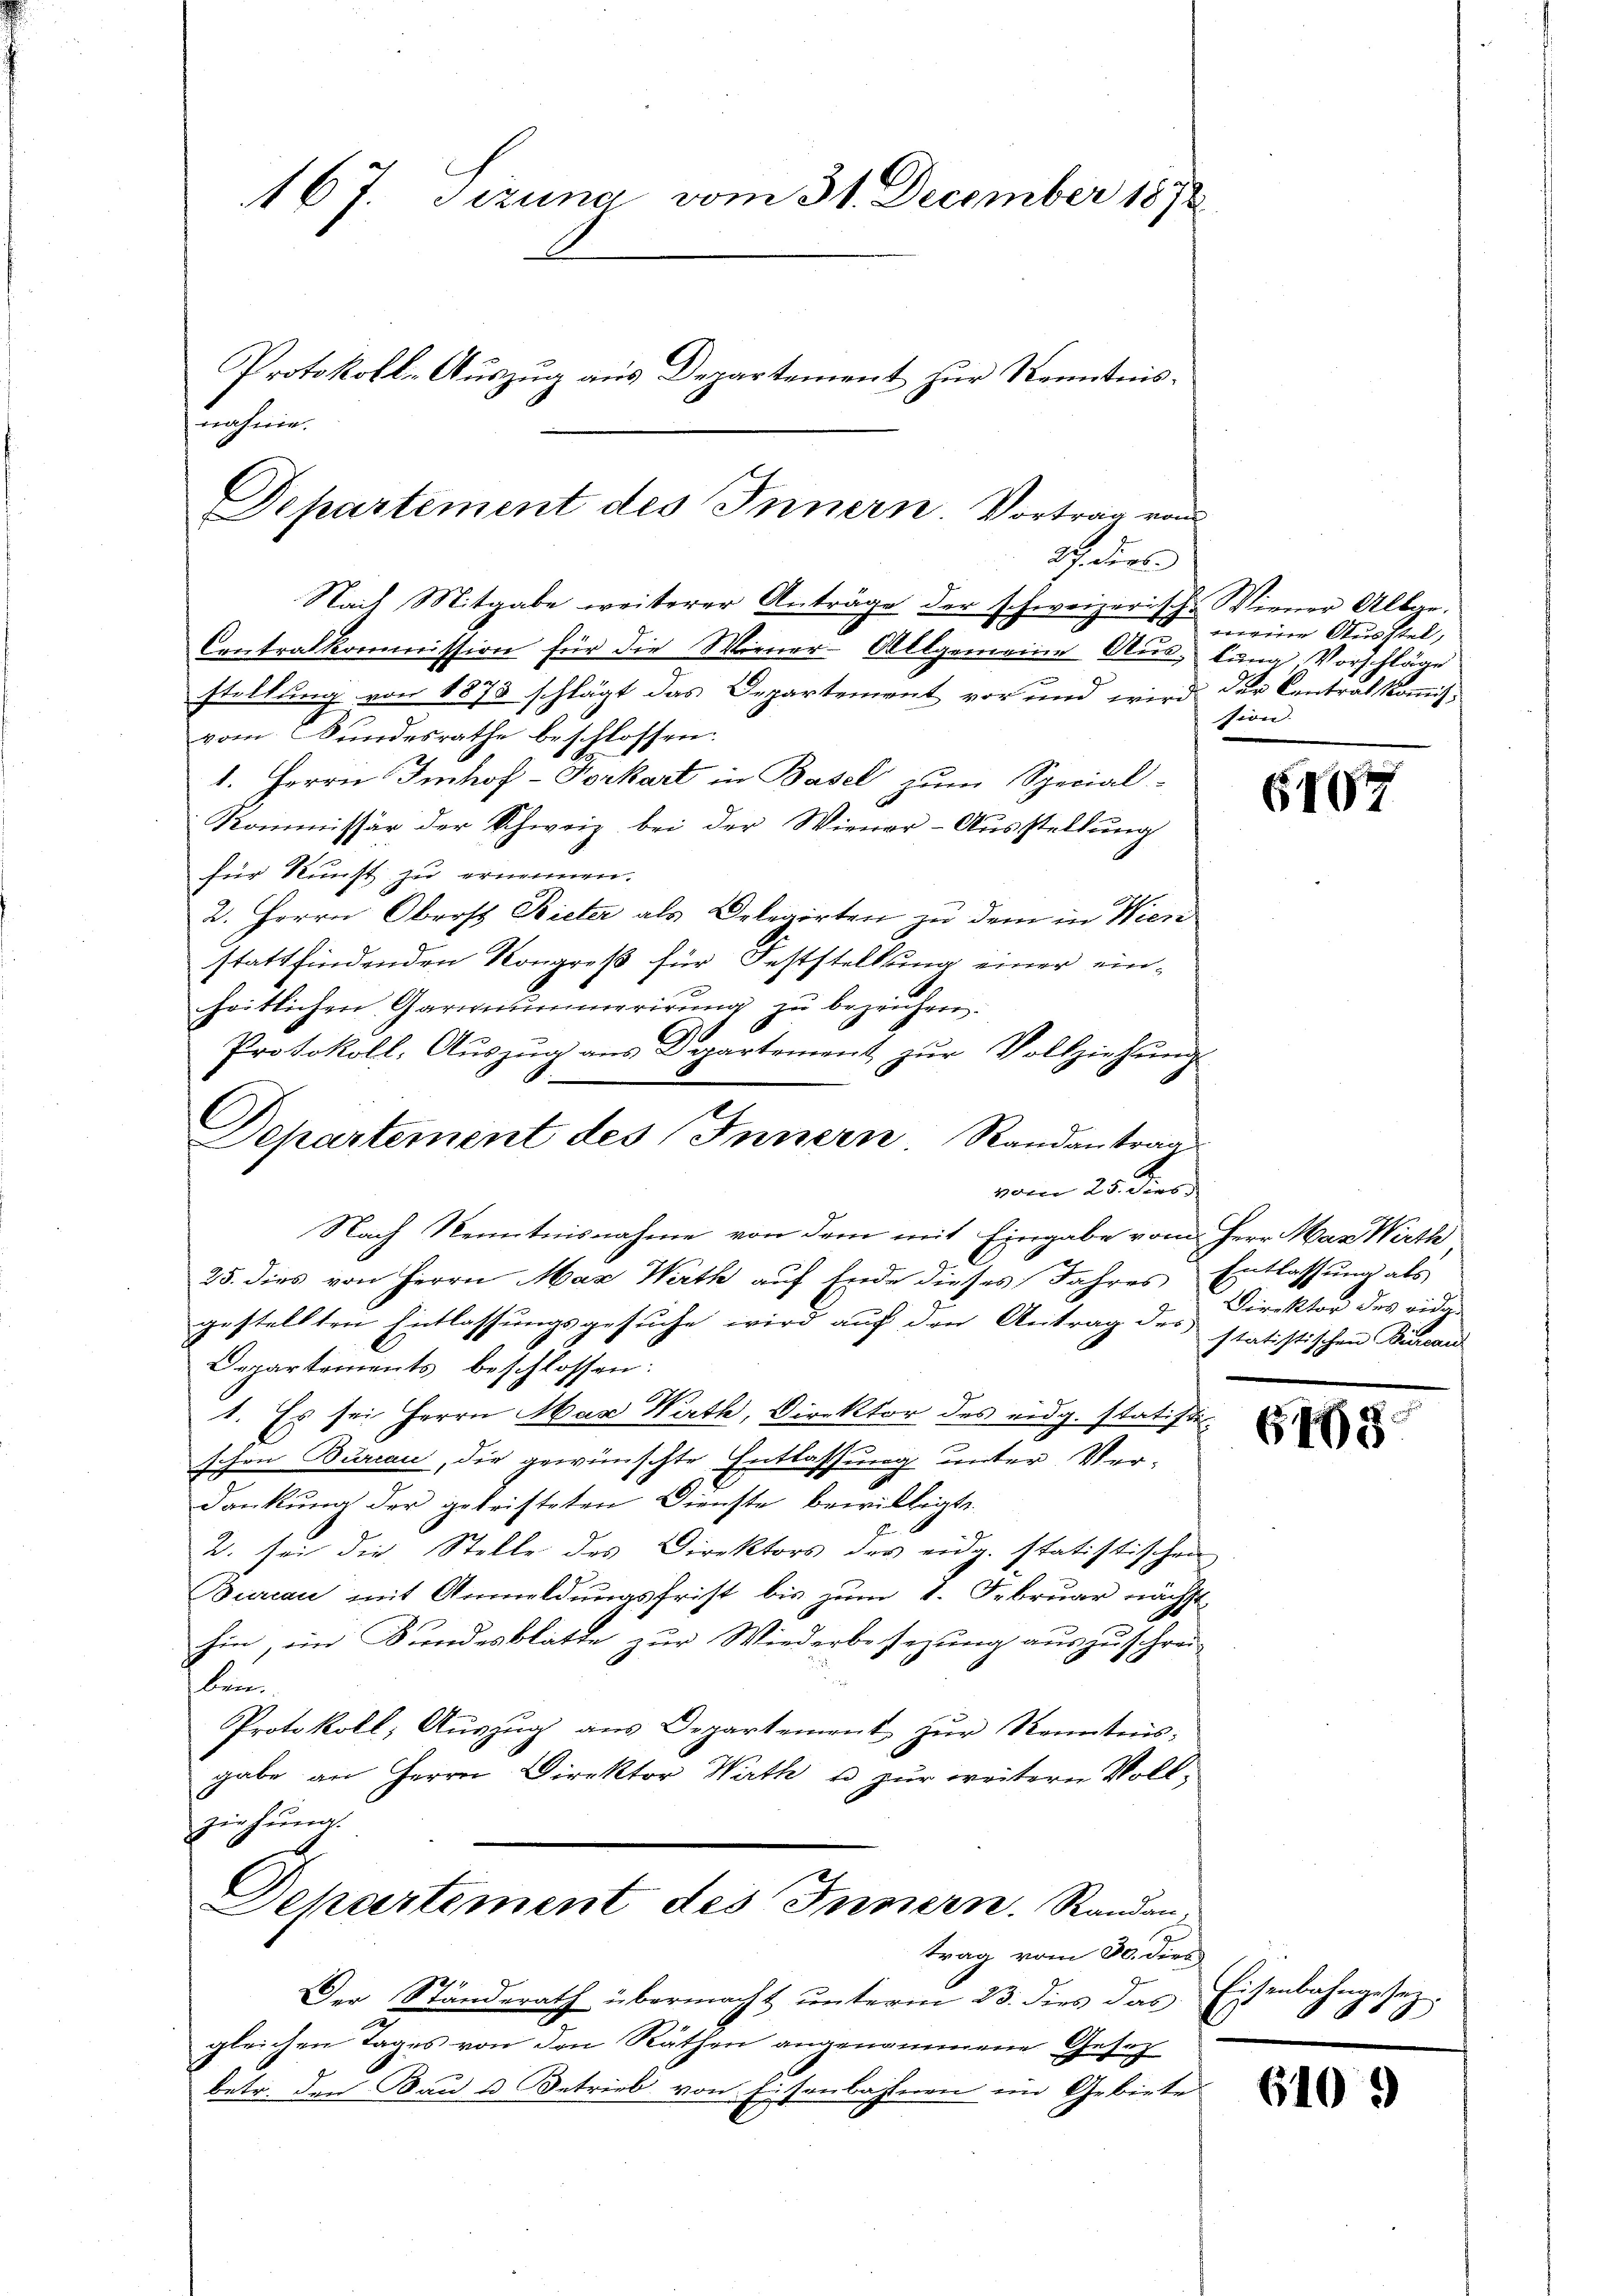
167. Sizung vom 31. December 1892
Protokolls-Auszug aus Departement zur Kenntnisnehmen

Departement des Innern. Vortrag vom
2. ders
Nach Mitgabe weiterer Anträge der schweizerische Wiener Allge-
Contralkommission für die Wiener-Allgemeine Aŭs- lung, Vorschläge
stellung von 1873 schlägt das Departement vor und wird der Centrät kommis-

vom Bundesrathe beschlossen.
1. Herrn Imhof - Vorkart in Basel zum Special-
Kommissär der Schweiz bei der Wiener-Ausstellung
für Kunst zu ernennen.
2. Herrn Oberst Bieter als Delegirten zu dem in Wieri
stattfindenden Kongreß für Feststellung einer einheitlichen Garnnummerirung zu bezeichnen.
Protokoll, Aŭszŭg ans Departement zŭr Vollziehŭng
vom 25. dies
Nach Kenntnisnahme von dem mit Eingabe vom Herr Max Wirthe
25. dies von Herrn Max Wath auf Ende dieses Jahres Entlassung als
gestellten Entlassungsgesuche wird auf den Antrag des statistischen Dunau
Departements beschlossen:
1. Es sei Herrn Max Rath, Direktor des eidg. statistischon Bureau, die gewünschte Entlassung unter Ver-
dankung der getrifteten Dienste bewilligte
2. sei die Stelle des Direktors des eidg. statistischen
Bureau mit Anmeldungsfrist bis zum 1. Februar nächst
hin, ein Fundesblatte zur Wiederbesezung auszuschrei-
bran
Protokoll, Aŭszŭg aŭs Departement zŭr Kenntnis:
gabe an Herrn Direktor Wirth u zur weitern Vollziehung.
Dehartement des Innern. Randan;
trag vom 30. ders
Der Standerath übermacht unterm 23. dies das Eisenbahngesezgleichen Tages von den Räthen angenommene Gesetz
betr. den Bau u Betrieb von Eisenbahnen im Gebiete

C

Departement des Innern, Randantrag

meiner Ausstel,
sien.

6467

Direktor des eidg.

6465

0

610

)